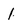
Character: I